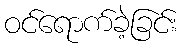
ဝင်ရောက်ခဲ့ခြင်း